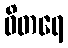
ဝိတရေ